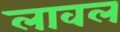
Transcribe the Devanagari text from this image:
लावल